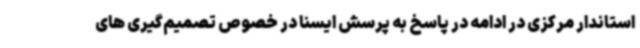
استاندار مرکزی در ادامه در پاسخ به پرسش ایسنا در خصوص تصمیم‌گیری های